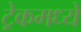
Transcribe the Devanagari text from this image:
ट्रेकमध्ये